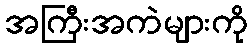
အကြီးအကဲများကို